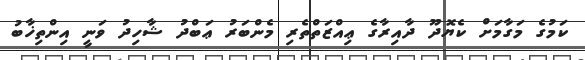
ކަމުގެ މަގާމަށް ކެޔޮދޫ ދާއިރާގެ ޢިއްޒަތްތެރި މެންބަރު ޢަބްދު ޝާހިދު ވަނީ އިންތިޚާބު